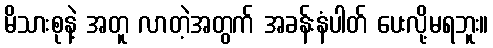
မိသားစုနဲ့ အတူ လာတဲ့အတွက် အခန်းနံပါတ် ပေးလို့မရဘူး။